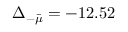
\Delta _ { - \bar { \mu } } = - 1 2 . 5 2